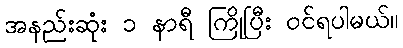
အနည်းဆုံး ၁ နာရီ ကြိုပြီး ဝင်ရပါမယ်။